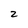
Character: 2